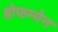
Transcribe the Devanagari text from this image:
होफम्मेन